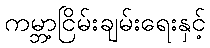
ကမ္ဘာ့ငြိမ်းချမ်းရေးနှင့်